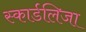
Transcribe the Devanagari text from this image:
स्कार्डलिजा